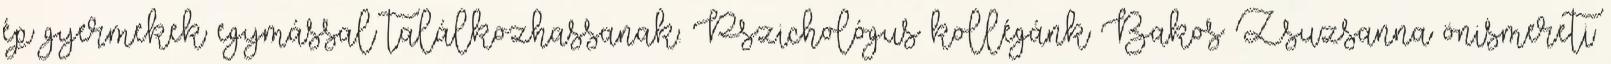
ép gyermekek egymással találkozhassanak. Pszichológus kollégánk Bakos Zsuzsanna önismereti